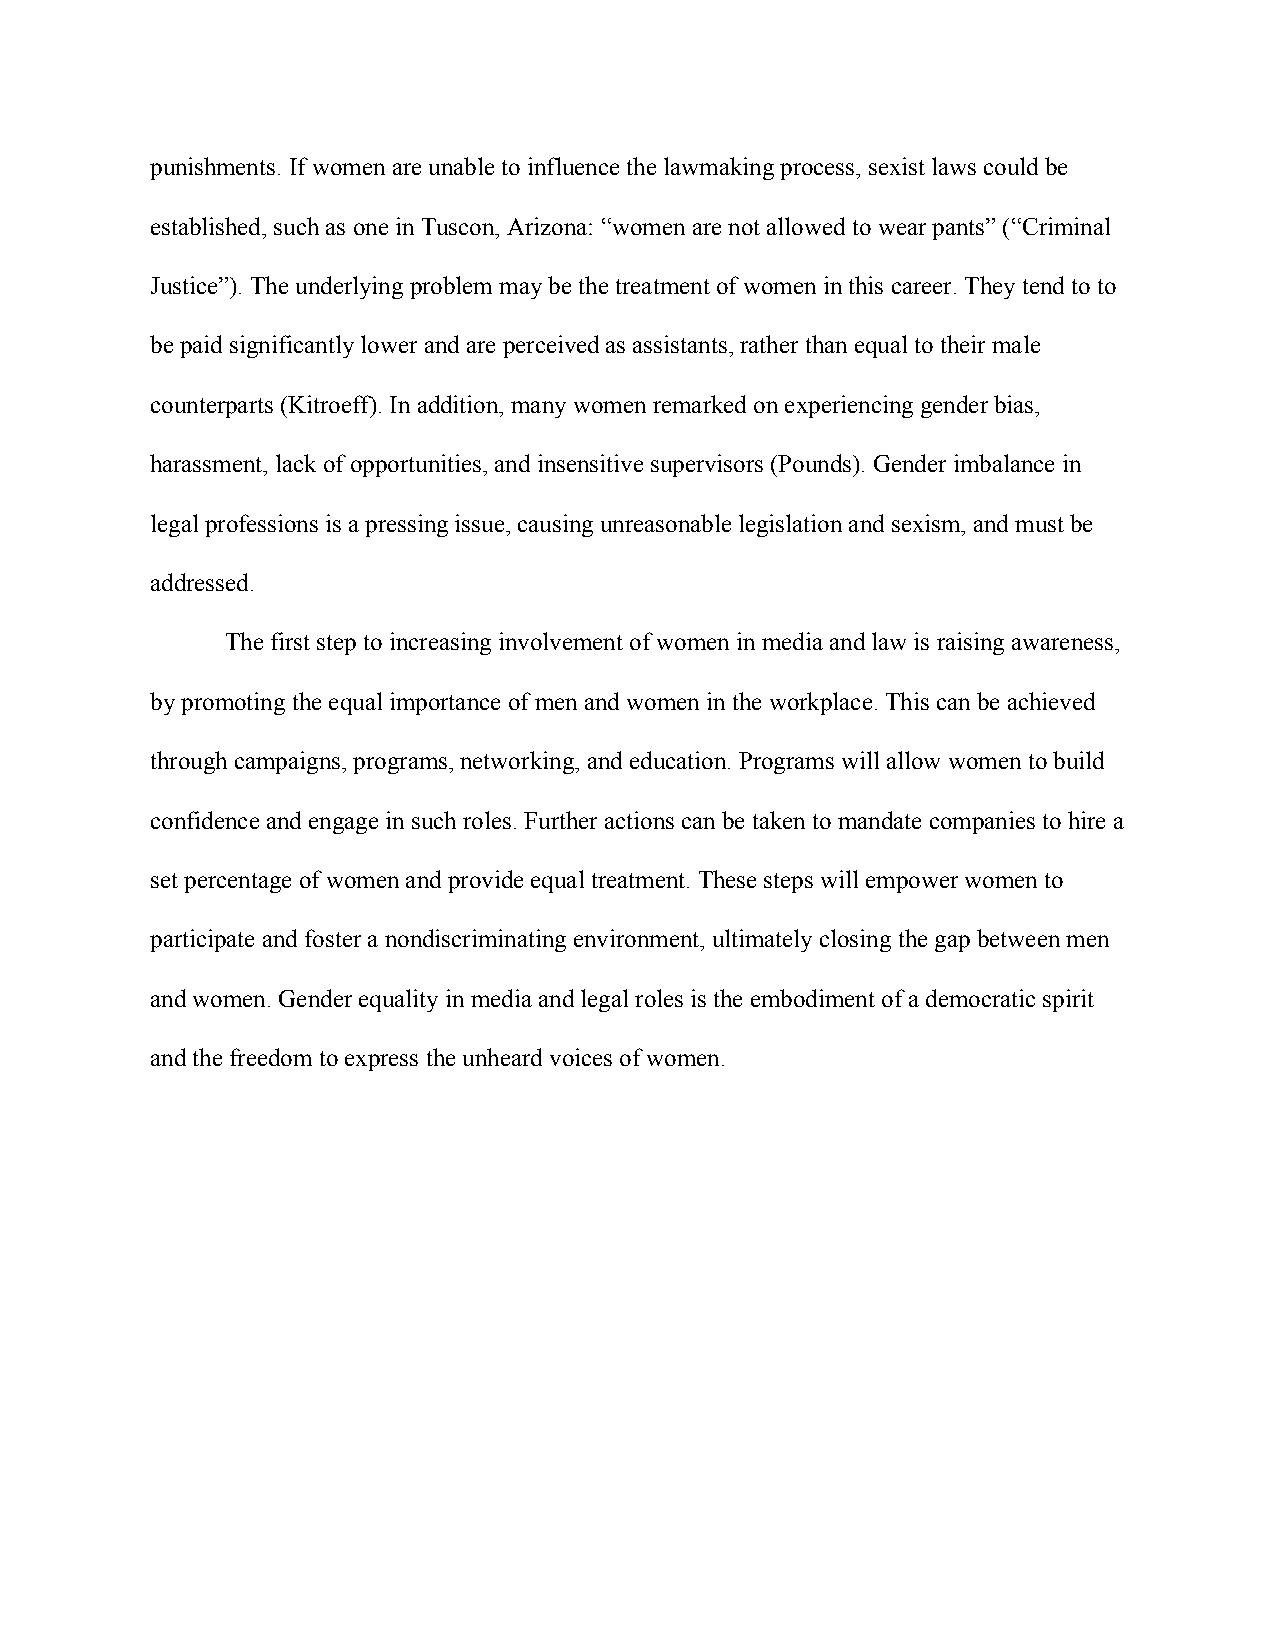
punishments. If women are unable to influence the lawmaking process, sexist laws could be
 established, such as one in Tuscon, Arizona: “women are not allowed to wear pants” (“Criminal
 Justice”). The underlying problem may be the treatment of women in this career. They tend to to
 be paid significantly lower and are perceived as assistants, rather than equal to their male
 counterparts (Kitroeff). In addition, many women remarked on experiencing gender bias,
 harassment, lack of opportunities, and insensitive supervisors (Pounds). Gender imbalance in
 legal professions is a pressing issue, causing unreasonable legislation and sexism, and must be
 addressed.
 The first step to increasing involvement of women in media and law is raising awareness,
 by promoting the equal importance of men and women in the workplace. This can be achieved
 through campaigns, programs, networking, and education. Programs will allow women to build
 confidence and engage in such roles. Further actions can be taken to mandate companies to hire a
 set percentage of women and provide equal treatment. These steps will empower women to
 participate and foster a nondiscriminating environment, ultimately closing the gap between men
 and women. Gender equality in media and legal roles is the embodiment of a democratic spirit
 and the freedom to express the unheard voices of women.